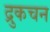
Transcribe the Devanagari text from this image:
द्रुकचन